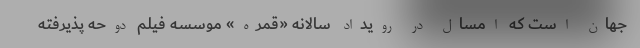
جهان است که امسال در رویداد سالانه «قُمره» موسسه فیلم دوحه پذیرفته